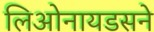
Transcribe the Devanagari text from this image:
लिओनायडसने